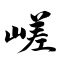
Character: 嵯